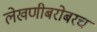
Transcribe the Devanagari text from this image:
लेखणीबरोबरच